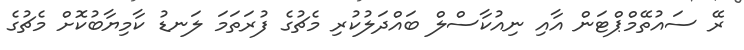
ރޭ ސައުތޭމްޕްޓަން އާއި ނިއުކާސްލް ބައްދަލުކުރި މެޗުގެ ފުރަތަމަ ލަނޑު ކާމިޔާބުކޮށް މެޗުގެ